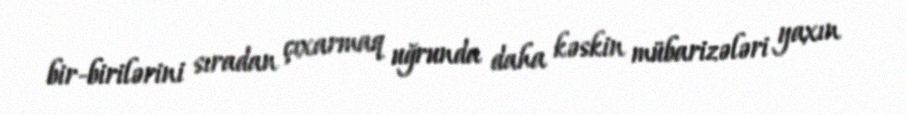
bir-birilərini sıradan çıxarmaq uğrunda daha kəskin mübarizələri yaxın